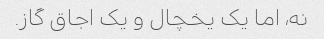
نه، اما یک یخچال و یک اجاق گاز.